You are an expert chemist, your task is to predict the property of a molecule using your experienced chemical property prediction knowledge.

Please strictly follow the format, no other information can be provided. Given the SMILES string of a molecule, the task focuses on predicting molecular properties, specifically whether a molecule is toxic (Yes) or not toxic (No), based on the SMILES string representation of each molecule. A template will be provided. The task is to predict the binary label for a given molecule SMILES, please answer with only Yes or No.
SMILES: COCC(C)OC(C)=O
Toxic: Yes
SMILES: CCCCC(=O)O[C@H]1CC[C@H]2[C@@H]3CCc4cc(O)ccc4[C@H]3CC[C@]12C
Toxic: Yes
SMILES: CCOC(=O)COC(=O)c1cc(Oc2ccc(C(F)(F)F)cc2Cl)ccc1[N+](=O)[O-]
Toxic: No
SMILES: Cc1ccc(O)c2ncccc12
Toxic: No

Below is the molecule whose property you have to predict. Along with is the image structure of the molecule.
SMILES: C=CC(=O)NC(C)(C)CS(=O)(=O)O
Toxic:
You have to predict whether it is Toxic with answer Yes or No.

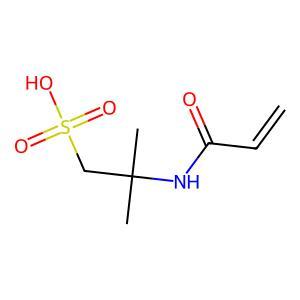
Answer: No